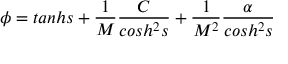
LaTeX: \phi = t a n h s + \frac { 1 } { M } \frac { C } { c o s h ^ { 2 } s } + \frac { 1 } { M ^ { 2 } } \frac { \alpha } { c o s h ^ { 2 } s } \; \; \; \; \; \; \; \; \; \; \; \; \; \; \;